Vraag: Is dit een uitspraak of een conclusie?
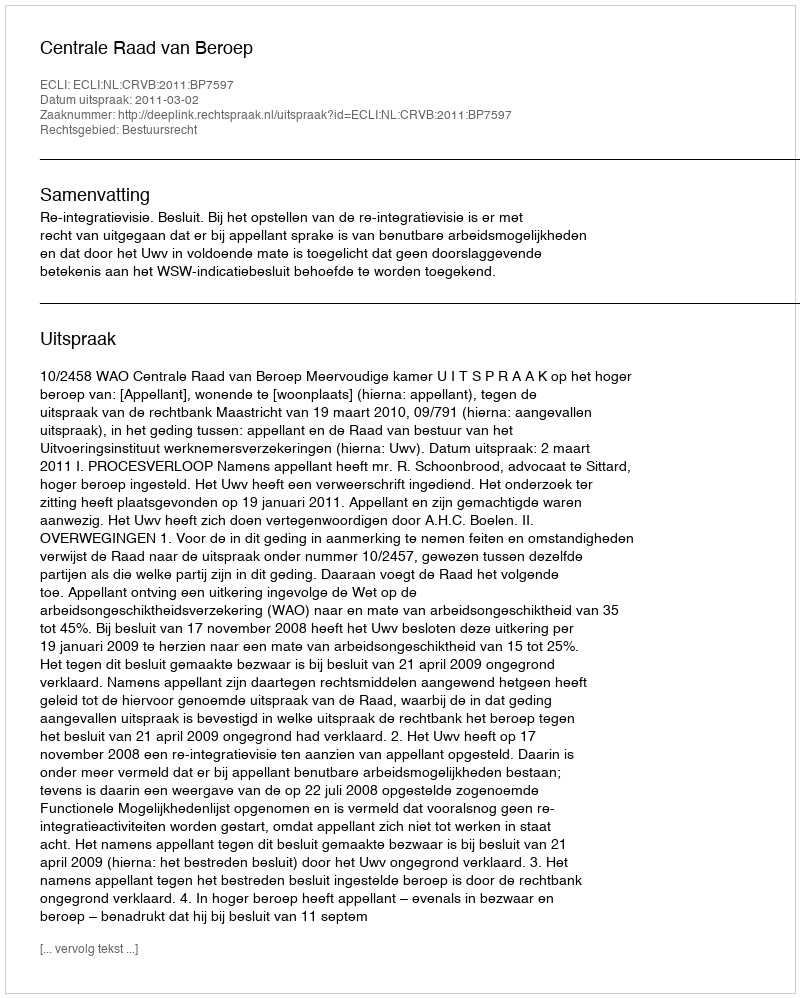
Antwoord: Uitspraak